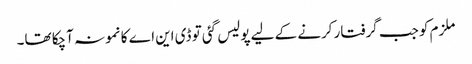
ملزم کو جب گرفتار کرنے کے لیے پولیس گئی تو ڈی این اے کا نمونہ آچکا تھا۔